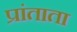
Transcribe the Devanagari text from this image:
प्रांताता